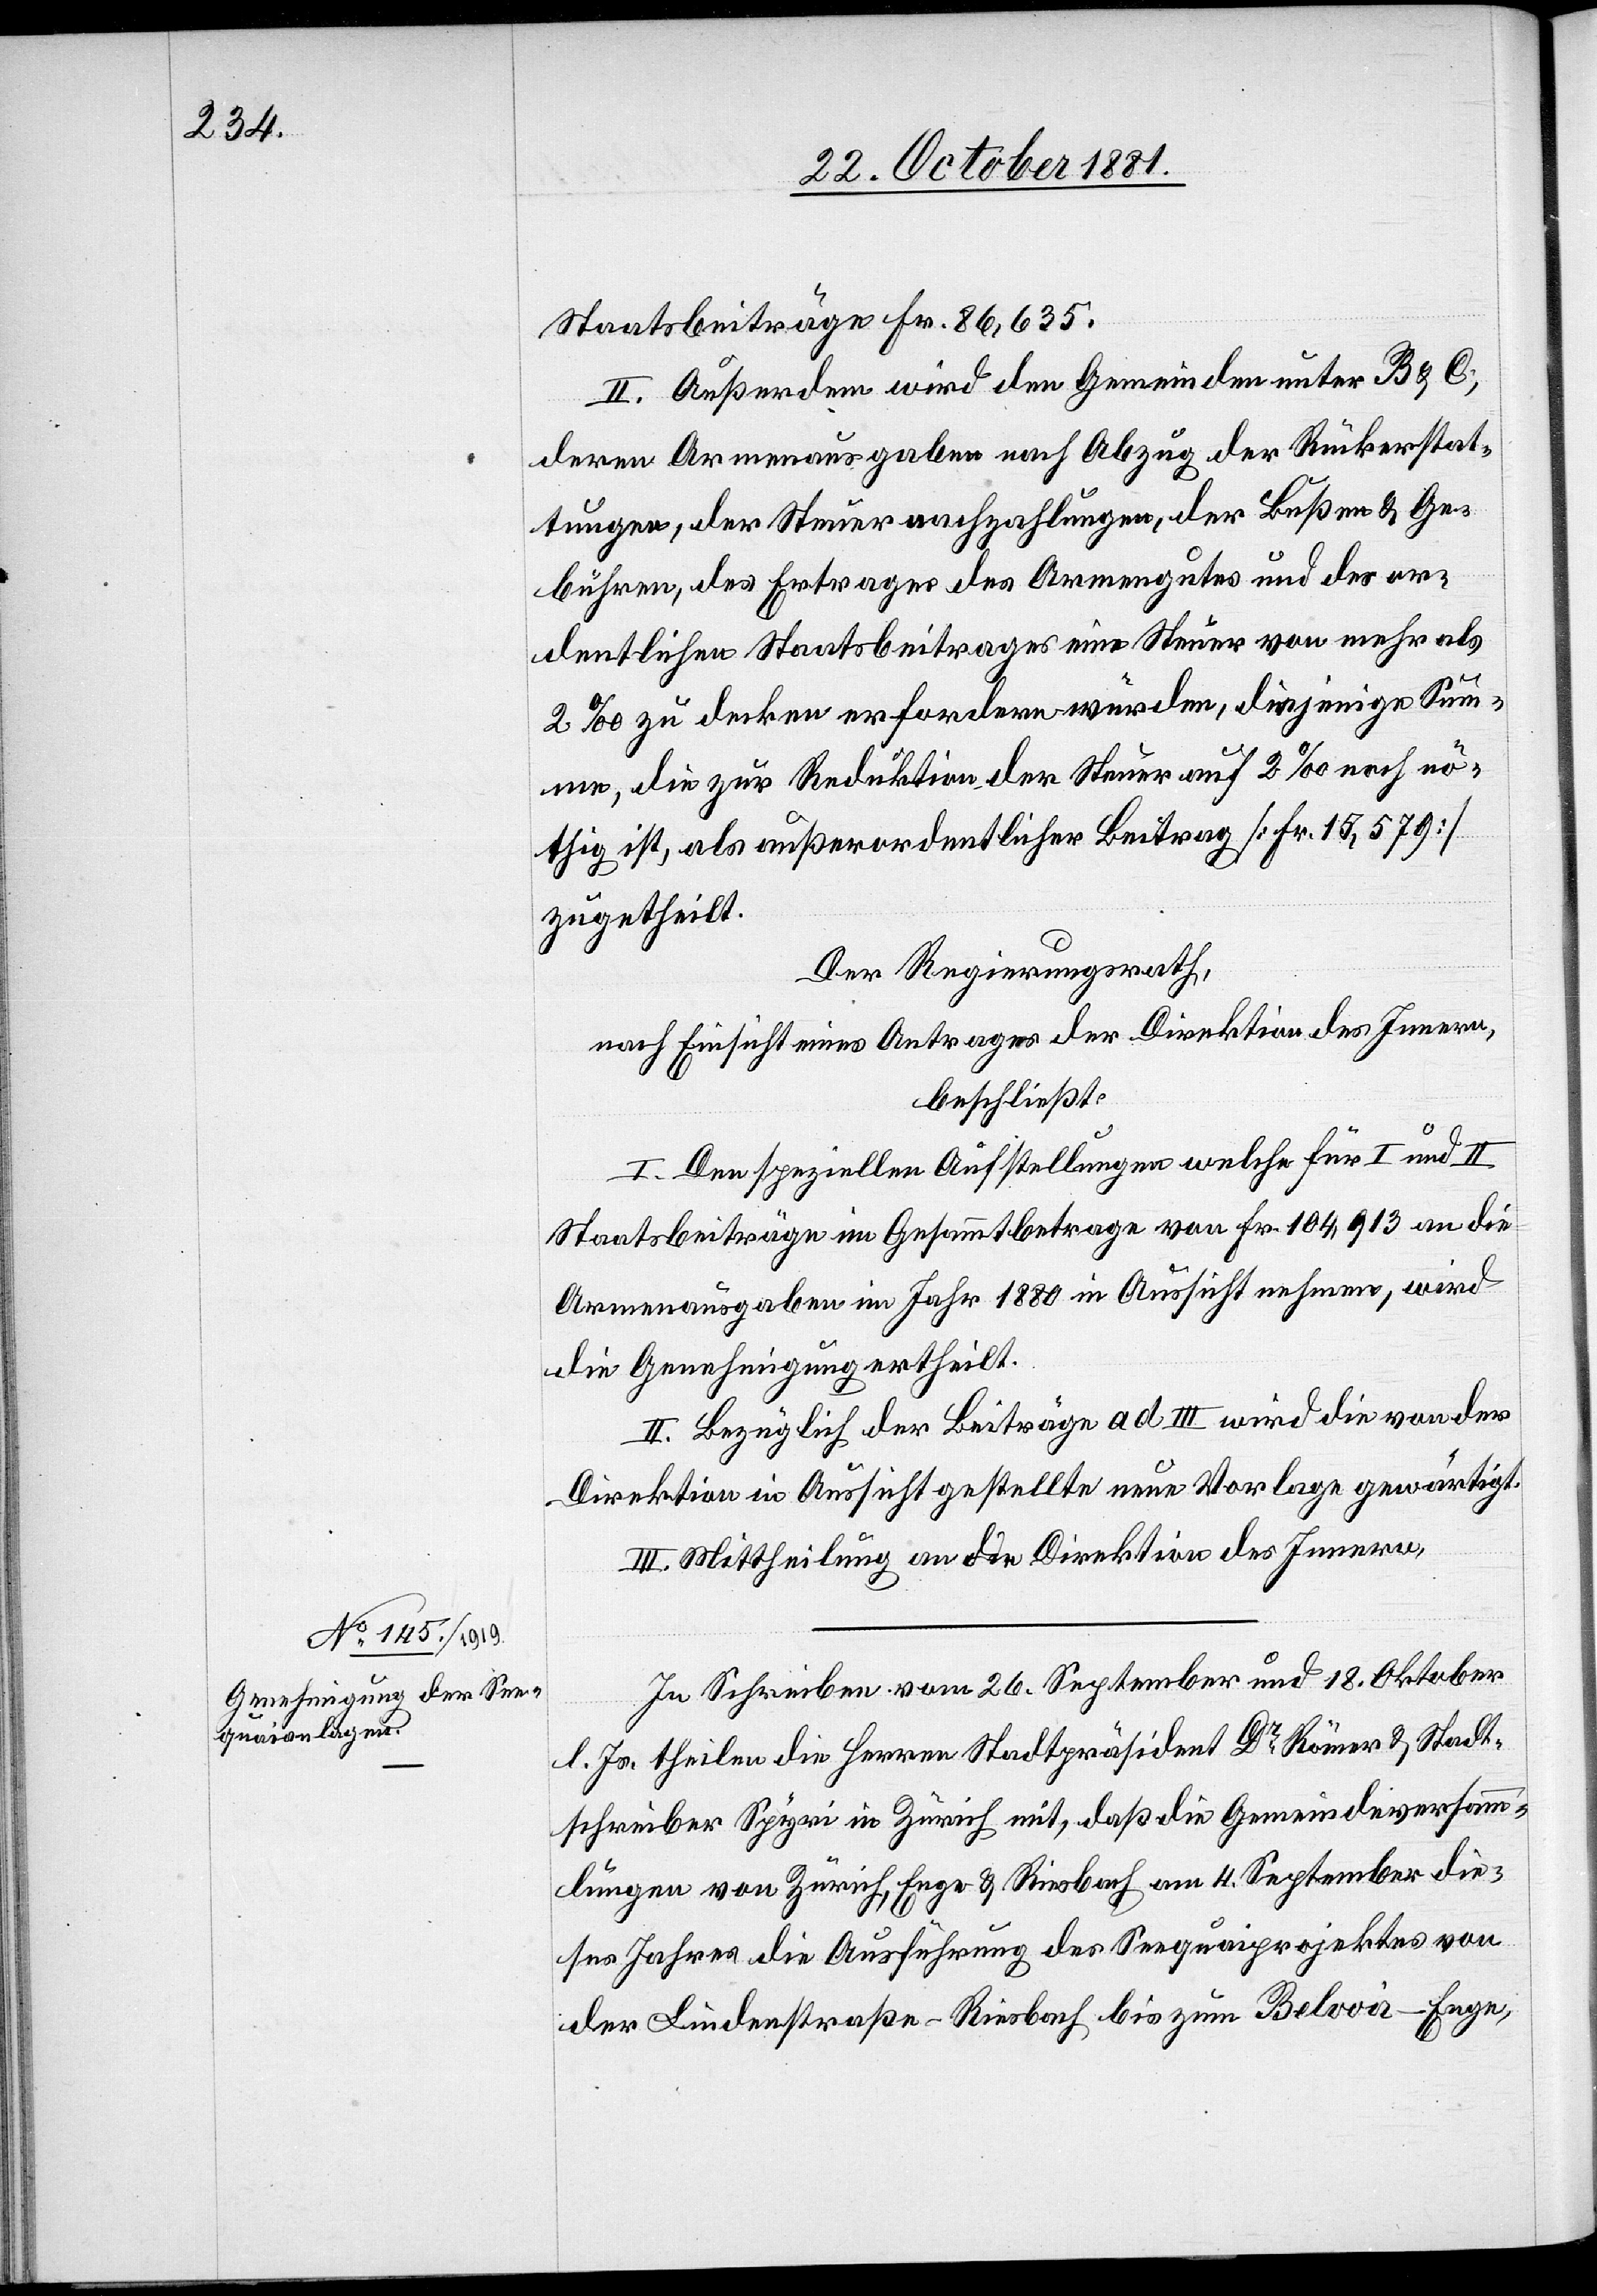
Staatsbeiträge Fr. 86,635.
II. Außerdem wird den Gemeinden unter B & C,
deren Armenausgaben nach Abzug der Rückerstat¬
tungen, der Steuernachzahlungen, der Bußen & Ge¬
bühren, des Ertrages des Armengutes und des or¬
dentlichen Staatsbeitrages eine Steuer von mehr als
2‰ zu decken erfordern würden, diejenige Sum¬
me, die zur Reduktion der Steuer auf 2‰ noch nö¬
thig ist, als außerordentlicher Beitrag [Fr. 15,579]
zugetheilt.
Der Regierungsrath,
nach Einsicht eines Antrages der Direktion des Innern,
beschließt:
I. Den speziellen Aufstellungen welche für I und II
Staatsbeiträge im Gesammtbetrage von Fr. 104,913 an die
Armenausgaben im Jahr 1880 in Aussicht nehmen, wird
die Genehmigung ertheilt.
II. Bezüglich der Beiträge ad III wird die von der
Direktion in Aussicht gestellte neue Vorlage gewärtigt.
III. Mittheilung an die Direktion des Innern.
In Schreiben vom 26. September und 18. Oktober
l. Js. theilen die Herren Stadtpräsident Dr Römer & Stadt¬
schreiber Spyri in Zürich mit, daß die Gemeindeversamm¬
lungen von Zürich, Enge & Riesbach am 4. September die¬
ses Jahres die Ausführung des Seequaiprojektes von
der Lindenstraße - Riesbach bis zum Belvoir - Enge,